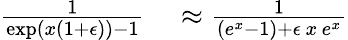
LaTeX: \begin{array}{rl}{\frac{1}{\exp(x(1+\epsilon))-1}}&{{}\approx\frac{1}{(e^{x}-1)+\epsilon\, x\, e^{x}}}\end{array}